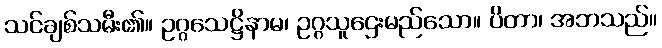
သင်ချစ်သမီး၏။ ဥဂ္ဂသေဋ္ဌိနာမ၊ ဥဂ္ဂသူဌေးမည်သော။ ပိတာ၊ အဘသည်။